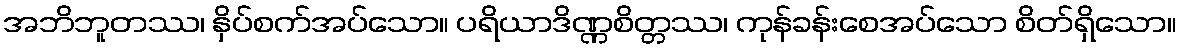
အဘိဘူတဿ၊ နှိပ်စက်အပ်သော။ ပရိယာဒိဏ္ဏစိတ္တဿ၊ ကုန်ခန်းစေအပ်သော စိတ်ရှိသော။